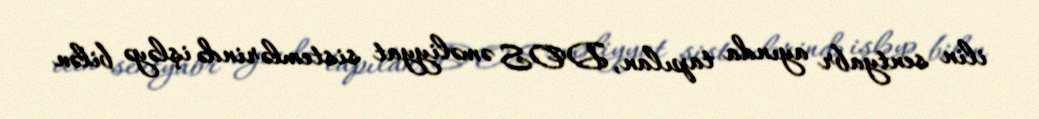
ilin sentyabr ayında tapılan, DOS əməliyyat sistemlərində işləyə bilən